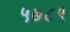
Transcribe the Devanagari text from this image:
५७८९